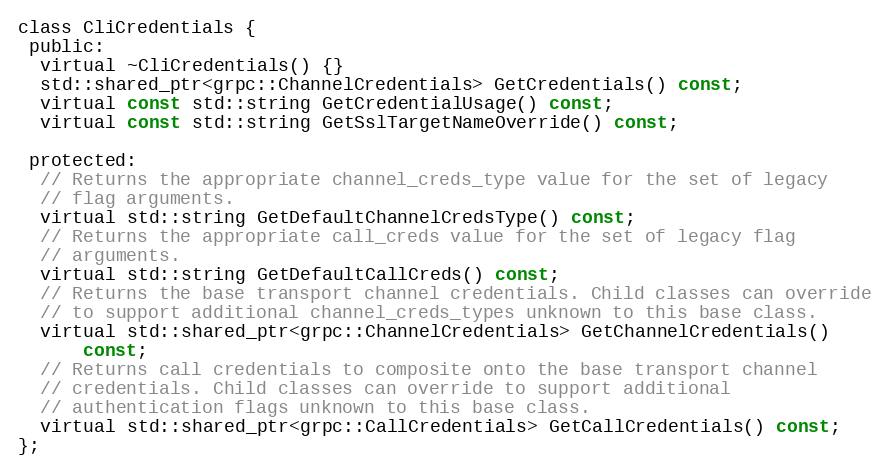
Language: C
class CliCredentials {
 public:
  virtual ~CliCredentials() {}
  std::shared_ptr<grpc::ChannelCredentials> GetCredentials() const;
  virtual const std::string GetCredentialUsage() const;
  virtual const std::string GetSslTargetNameOverride() const;

 protected:
  // Returns the appropriate channel_creds_type value for the set of legacy
  // flag arguments.
  virtual std::string GetDefaultChannelCredsType() const;
  // Returns the appropriate call_creds value for the set of legacy flag
  // arguments.
  virtual std::string GetDefaultCallCreds() const;
  // Returns the base transport channel credentials. Child classes can override
  // to support additional channel_creds_types unknown to this base class.
  virtual std::shared_ptr<grpc::ChannelCredentials> GetChannelCredentials()
      const;
  // Returns call credentials to composite onto the base transport channel
  // credentials. Child classes can override to support additional
  // authentication flags unknown to this base class.
  virtual std::shared_ptr<grpc::CallCredentials> GetCallCredentials() const;
};